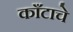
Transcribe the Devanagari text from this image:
काँटाचे